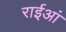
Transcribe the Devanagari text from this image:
राईआं